65_HS1-834228961_62-HQ-83894_Serial_449
Agency: FBI
Page 17
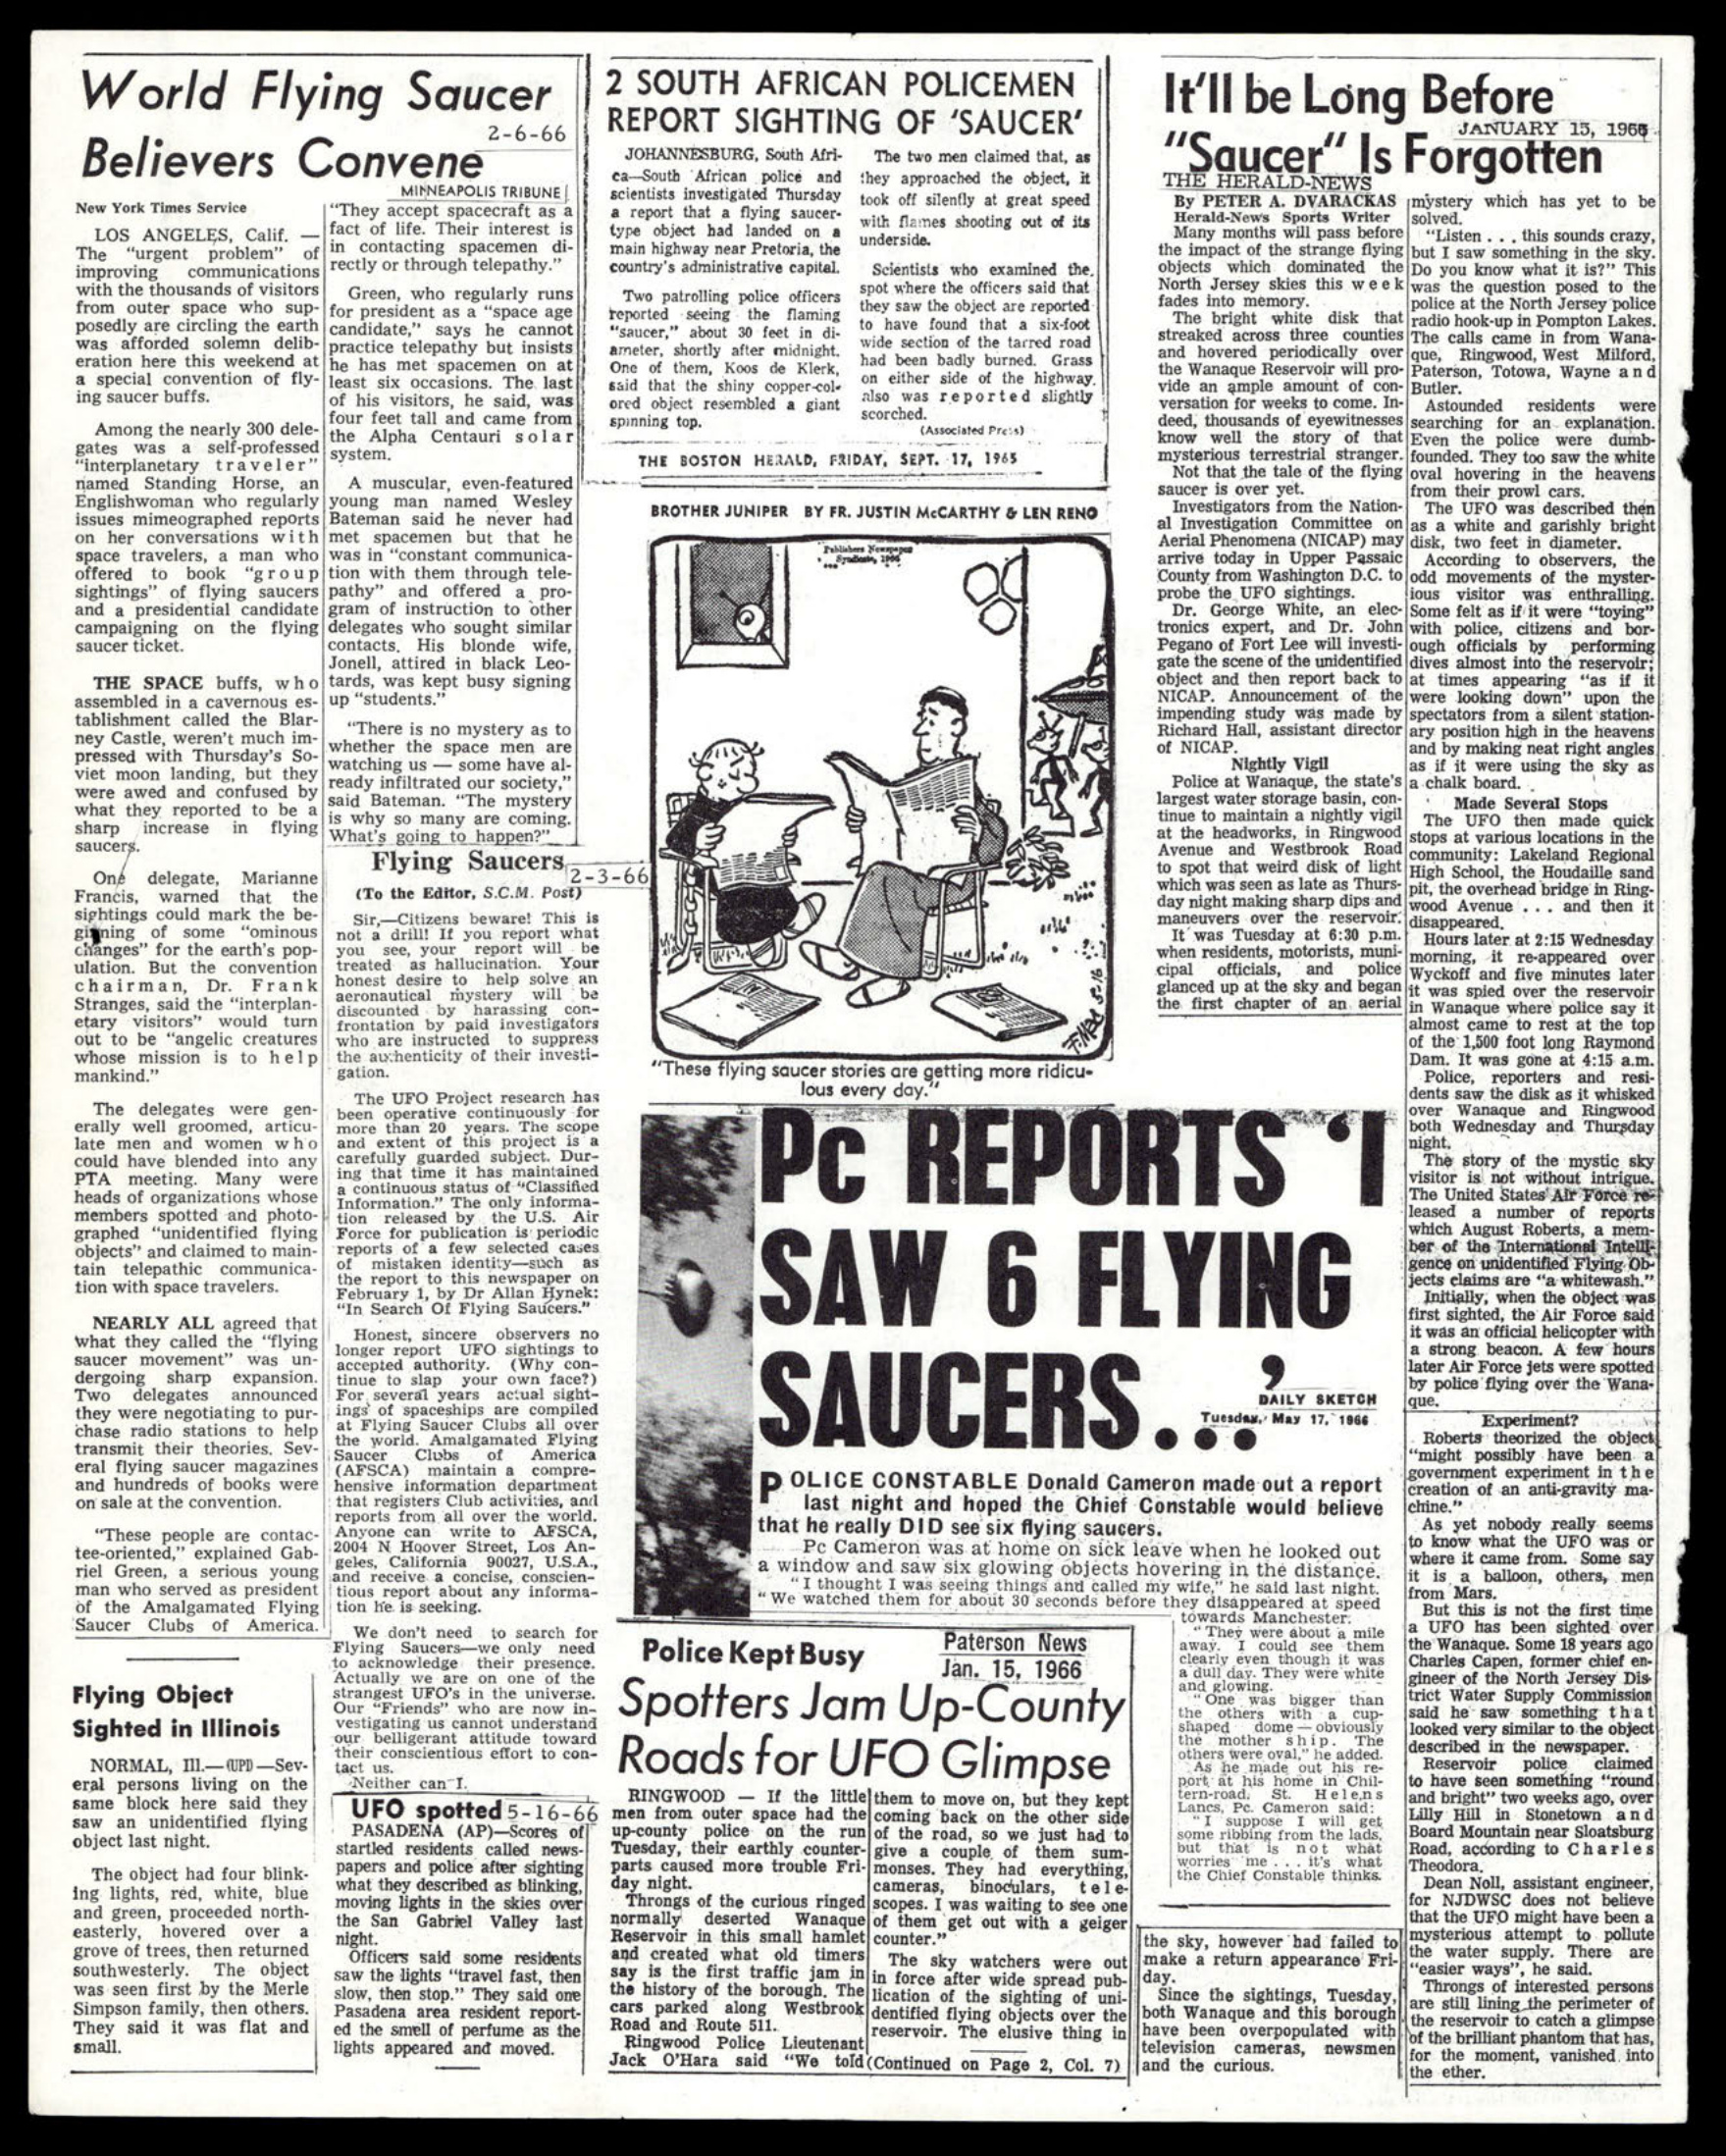